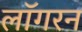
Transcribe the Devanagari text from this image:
लॉगरन